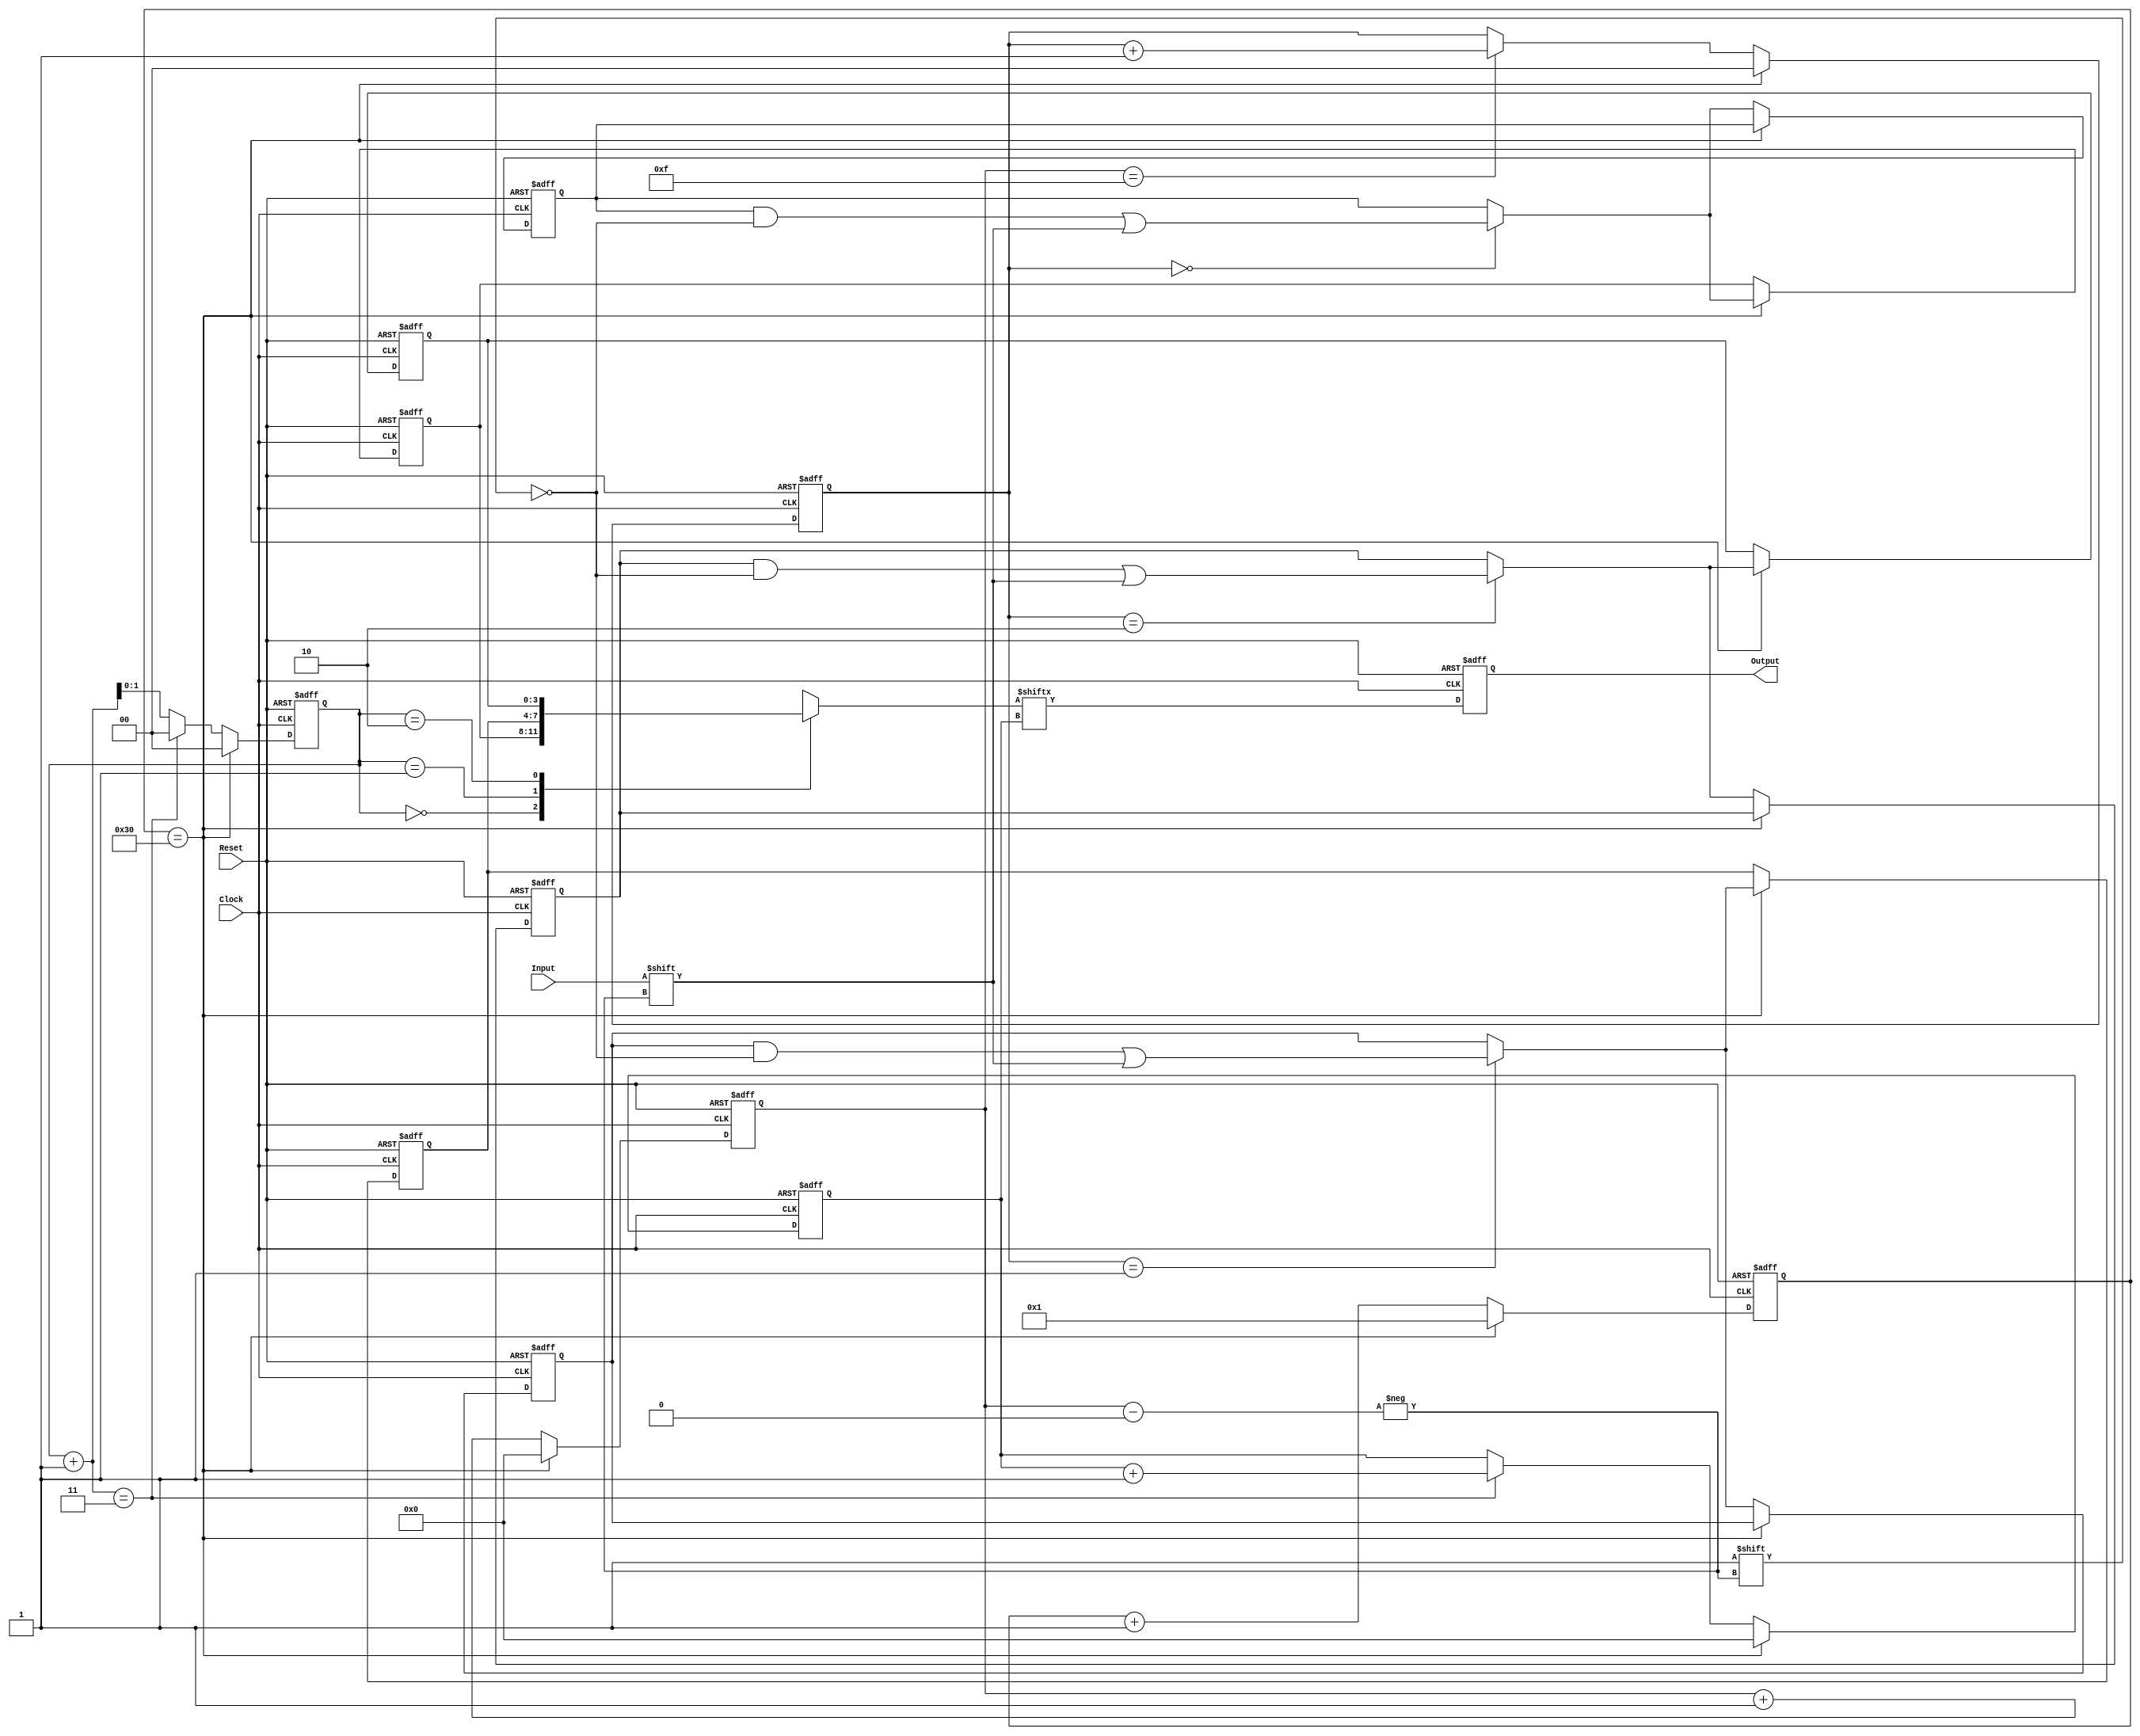
// Generated by MyHDL 0.11


`timescale 1ns/10ps

module interleaver (
    Input, Reset, Clock, Output
);


input Input;
input Reset;
input Clock;
output Output;
reg Output;

reg [7:0] counter;
reg [1:0] i_row_IN;
reg [1:0] i_row_OUT;
reg [3:0] j_col_IN;
reg [3:0] j_col_OUT;
reg [3:0] MEM_IN [0:3-1];
reg [3:0] MEM_OUT [0:3-1];



always @(posedge Clock, negedge Reset) begin: INTERLEAVER_SAMPLE_SEQ
    if ((!Reset)) begin
        Output <= 0;
    end
    else begin
        Output <= MEM_OUT[i_row_OUT][j_col_OUT];
    end
end


always @(posedge Clock, negedge Reset) begin: INTERLEAVER_CONTROL_SEQ
    integer i;
    if ((!Reset)) begin
        j_col_IN <= 0;
        i_row_IN <= 0;
        for (i=0; i<3; i=i+1) begin
            MEM_IN[i] <= 0;
        end
        j_col_OUT <= 0;
        i_row_OUT <= 0;
        for (i=0; i<3; i=i+1) begin
            MEM_OUT[i] <= 0;
        end
        counter <= 1;
    end
    else begin
        counter <= (counter + 1);
        if ((counter == 48)) begin
            for (i=0; i<3; i=i+1) begin
                MEM_OUT[i] <= MEM_IN[i];
            end
            j_col_IN <= 0;
            i_row_IN <= 0;
            j_col_OUT <= 0;
            i_row_OUT <= 0;
            counter <= 1;
            MEM_OUT[i_row_IN][j_col_IN] <= Input;
        end
        else begin
            MEM_IN[i_row_IN][j_col_IN] <= Input;
            j_col_IN <= (j_col_IN + 1);
            if ((j_col_IN == 15)) begin
                i_row_IN <= (i_row_IN + 1);
            end
            i_row_OUT <= (i_row_OUT + 1);
            if (((i_row_OUT + 1) == 3)) begin
                j_col_OUT <= (j_col_OUT + 1);
                i_row_OUT <= 0;
            end
        end
    end
end

endmodule